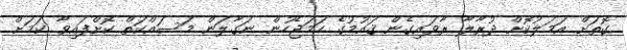
ގޮތަށް އަމަލުކޮށް ދުރާލާ ރާވައިގެން ޤައުމުގެ ހަމަޖެހުން ނަގާލަން މަސައްކަތް ކޮށްފައިވާ ކަމަށް